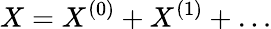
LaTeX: X=X^{(0)}+X^{(1)}+\ldots